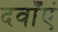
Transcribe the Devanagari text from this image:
दवाँएं